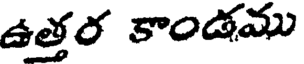
ఉత్తర కాండము